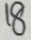
1 8